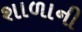
શાળાની